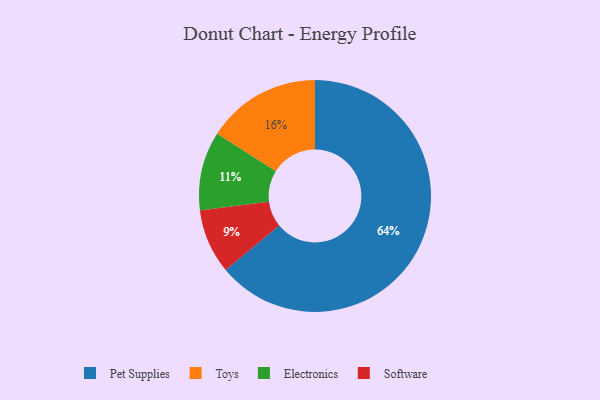
{"axis": {"x": "Category", "y": "Percentage"}, "legend": ["Electronics", "Pet Supplies", "Software", "Toys"], "data": [{"x": "Software", "y": 9, "type": "Software"}, {"x": "Pet Supplies", "y": 64, "type": "Pet Supplies"}, {"x": "Electronics", "y": 11, "type": "Electronics"}, {"x": "Toys", "y": 16, "type": "Toys"}]}